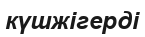
күшжігерді